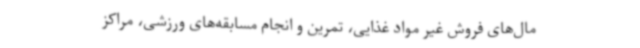
مال‌های فروش غیر مواد غذایی، تمرین و انجام مسابقه‌های ورزشی، مراکز